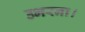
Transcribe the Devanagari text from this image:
उभरना।